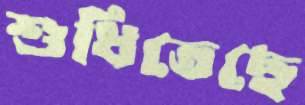
শুধিতেছে